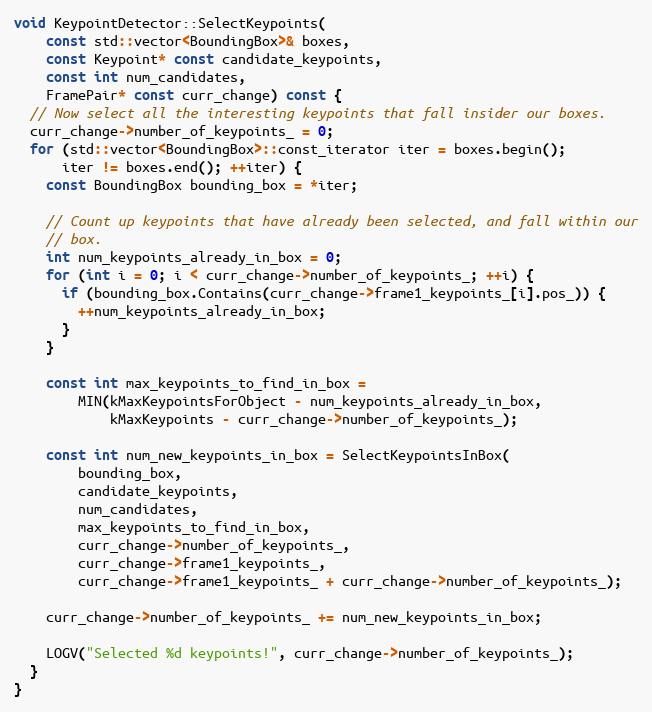
Language: C++
void KeypointDetector::SelectKeypoints(
    const std::vector<BoundingBox>& boxes,
    const Keypoint* const candidate_keypoints,
    const int num_candidates,
    FramePair* const curr_change) const {
  // Now select all the interesting keypoints that fall insider our boxes.
  curr_change->number_of_keypoints_ = 0;
  for (std::vector<BoundingBox>::const_iterator iter = boxes.begin();
      iter != boxes.end(); ++iter) {
    const BoundingBox bounding_box = *iter;

    // Count up keypoints that have already been selected, and fall within our
    // box.
    int num_keypoints_already_in_box = 0;
    for (int i = 0; i < curr_change->number_of_keypoints_; ++i) {
      if (bounding_box.Contains(curr_change->frame1_keypoints_[i].pos_)) {
        ++num_keypoints_already_in_box;
      }
    }

    const int max_keypoints_to_find_in_box =
        MIN(kMaxKeypointsForObject - num_keypoints_already_in_box,
            kMaxKeypoints - curr_change->number_of_keypoints_);

    const int num_new_keypoints_in_box = SelectKeypointsInBox(
        bounding_box,
        candidate_keypoints,
        num_candidates,
        max_keypoints_to_find_in_box,
        curr_change->number_of_keypoints_,
        curr_change->frame1_keypoints_,
        curr_change->frame1_keypoints_ + curr_change->number_of_keypoints_);

    curr_change->number_of_keypoints_ += num_new_keypoints_in_box;

    LOGV("Selected %d keypoints!", curr_change->number_of_keypoints_);
  }
}